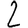
Digit: 2